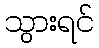
သွားရင်